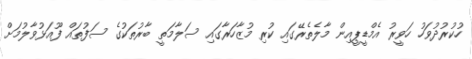
ހުކުރުދުވަހު ހަވީރު އެމްޑީޕީއިން މާލެތެރޭގައި ކުރި މުޒާހަރާގައި ސަލާމަތީ ބާރުތަކުގެ ސަފުތައް ފޫއަޅުވާލުމަށް